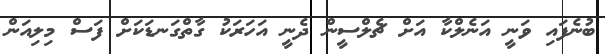
ބުނެފައި ވަނީ އަނެލްކާ އަށް ޗެލްސީން ދެނީ އަހަރަކު ގާތްގަނޑަކަށް ފަސް މިލިއަން